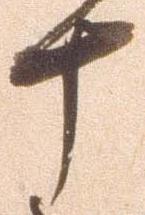
十